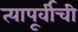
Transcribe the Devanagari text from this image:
त्यापूर्वीची